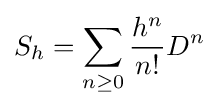
S_{h}=\sum _{n\geq 0}{{h^{n}} \over {n!}}D^{n}